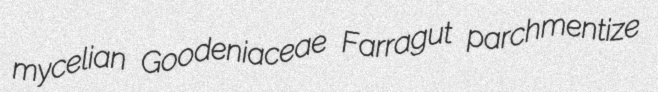
mycelian Goodeniaceae Farragut parchmentize